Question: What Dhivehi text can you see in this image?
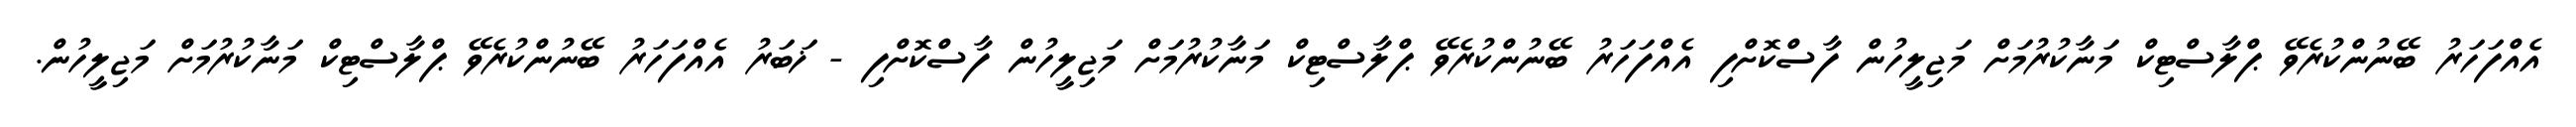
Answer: އެއްފަހަރު ބޭނުންކުރެވޭ ޕްލާސްޓިކް މަނާކުރުމަށް މަޖިލީހުން ފާސްކޮށްފި އެއްފަހަރު ބޭނުންކުރެވޭ ޕްލާސްޓިކް މަނާކުރުމަށް މަޖިލީހުން ފާސްކޮށްފި - ޚަބަރު އެއްފަހަރު ބޭނުންކުރެވޭ ޕްލާސްޓިކް މަނާކުރުމަށް މަޖިލީހުން.